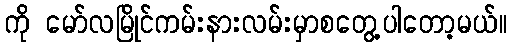
ကို မော်လမြိုင်ကမ်းနားလမ်းမှာစတွေ့ပါတော့မယ်။